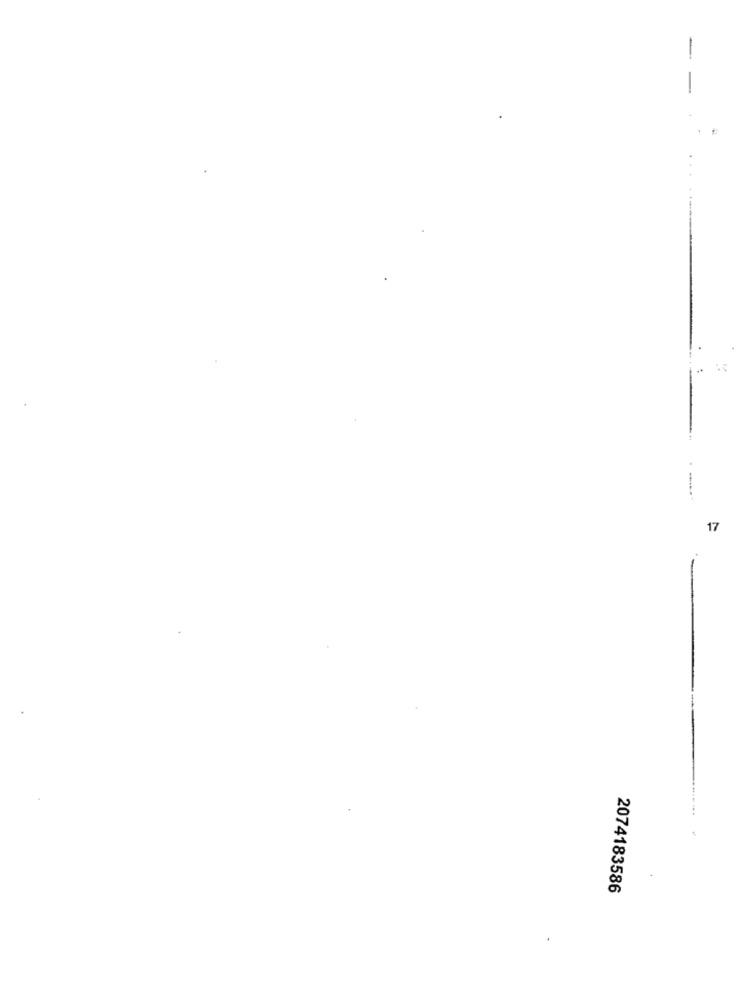
17
.
2074183586